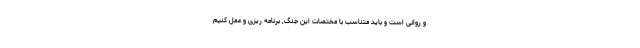
و روانی است و باید متناسب با مختصات این جنگ, برنامه ریزی و عمل کنیم